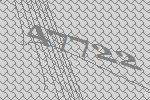
47722